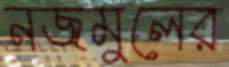
নজমুলের